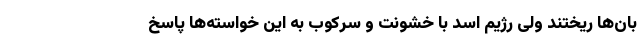
بان‌ها ریختند ولی رژیم اسد با خشونت و سرکوب به این خواسته‌ها پاسخ